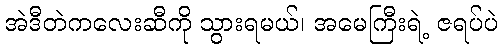
အဲဒီတဲကလေးဆီကို သွားရမယ်၊ အမေကြီးရဲ့ ဇရပ်ပဲ